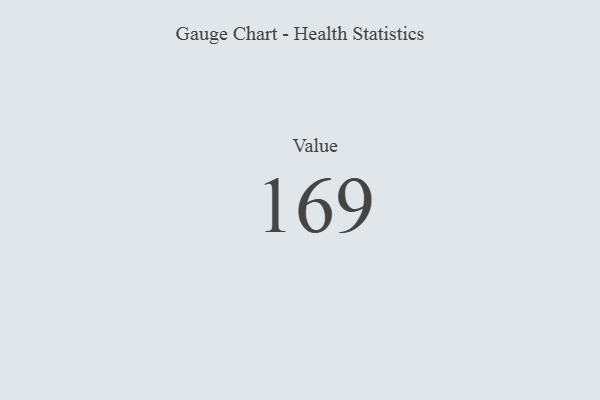
{"axis": {"x": "Metric", "y": "Value"}, "legend": [""], "data": [{"x": "Value", "y": 169, "type": ""}]}